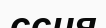
ссия